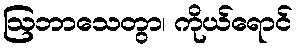
ဩဘာသေတွာ၊ ကိုယ်ရောင်